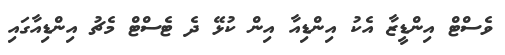
ވެސްޓް އިންޑީޒާ އެކު އިންޑިއާ އިން ކުޅޭ ދެ ޓެސްޓް މެޗު އިންޑިއާގައި